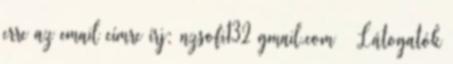
erre az email címre írj: nzsofi132 gmail.com ♥ Látogatók